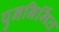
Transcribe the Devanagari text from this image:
पुननिर्मित